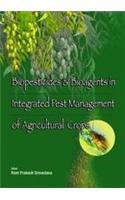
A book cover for Application Of Quantitative Methods In Veterinary Epidemiology Indian Reprint; J.P.T.M., Frankena, K., Thrusfield, M.V. & Graat, E.A.M. Noordhuizen; Medical Books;